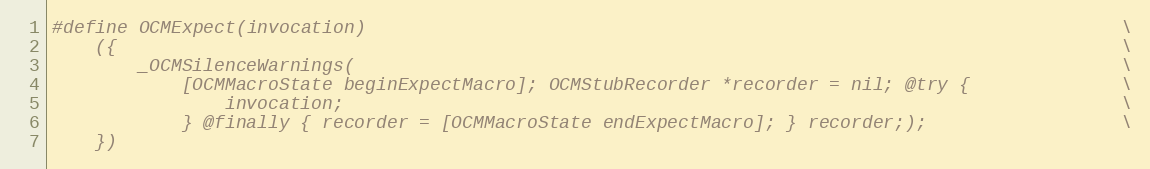
Language: C
#define OCMExpect(invocation)                                                                      \
    ({                                                                                             \
        _OCMSilenceWarnings(                                                                       \
            [OCMMacroState beginExpectMacro]; OCMStubRecorder *recorder = nil; @try {              \
                invocation;                                                                        \
            } @finally { recorder = [OCMMacroState endExpectMacro]; } recorder;);                  \
    })